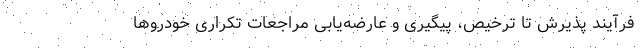
فرآیند پذیرش تا ترخیص، پیگیری و عارضه‌یابی مراجعات تکراری خودروها